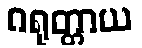
ဂရုတ္တာယ